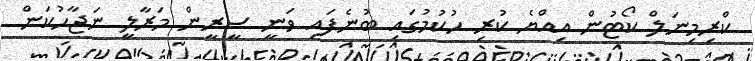
ކްރިމިނަލް ކޯޓުން އިއްޔެ ކުރި ހުކުމުގައި ބުނެފައި ވަނީ ސީރީން މަރާލީ ނަޖާހުކަން